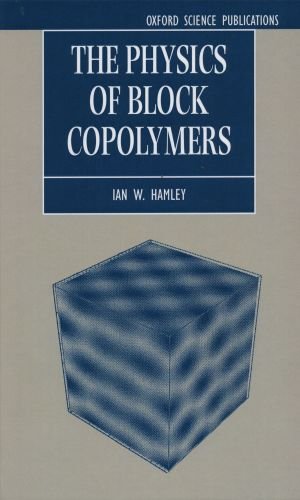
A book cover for The Physics of Block Copolymers (Oxford Science Publications); Ian W. Hamley; Science & Math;